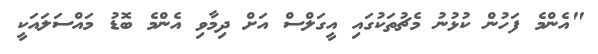
"އެންމެ ފަހުން ކުޅުނު މެޗުތަކުގައި އީގަލްސް އަށް ދިމާވި އެންމެ ބޮޑު މައްސަލައަކީ